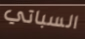
السباتي